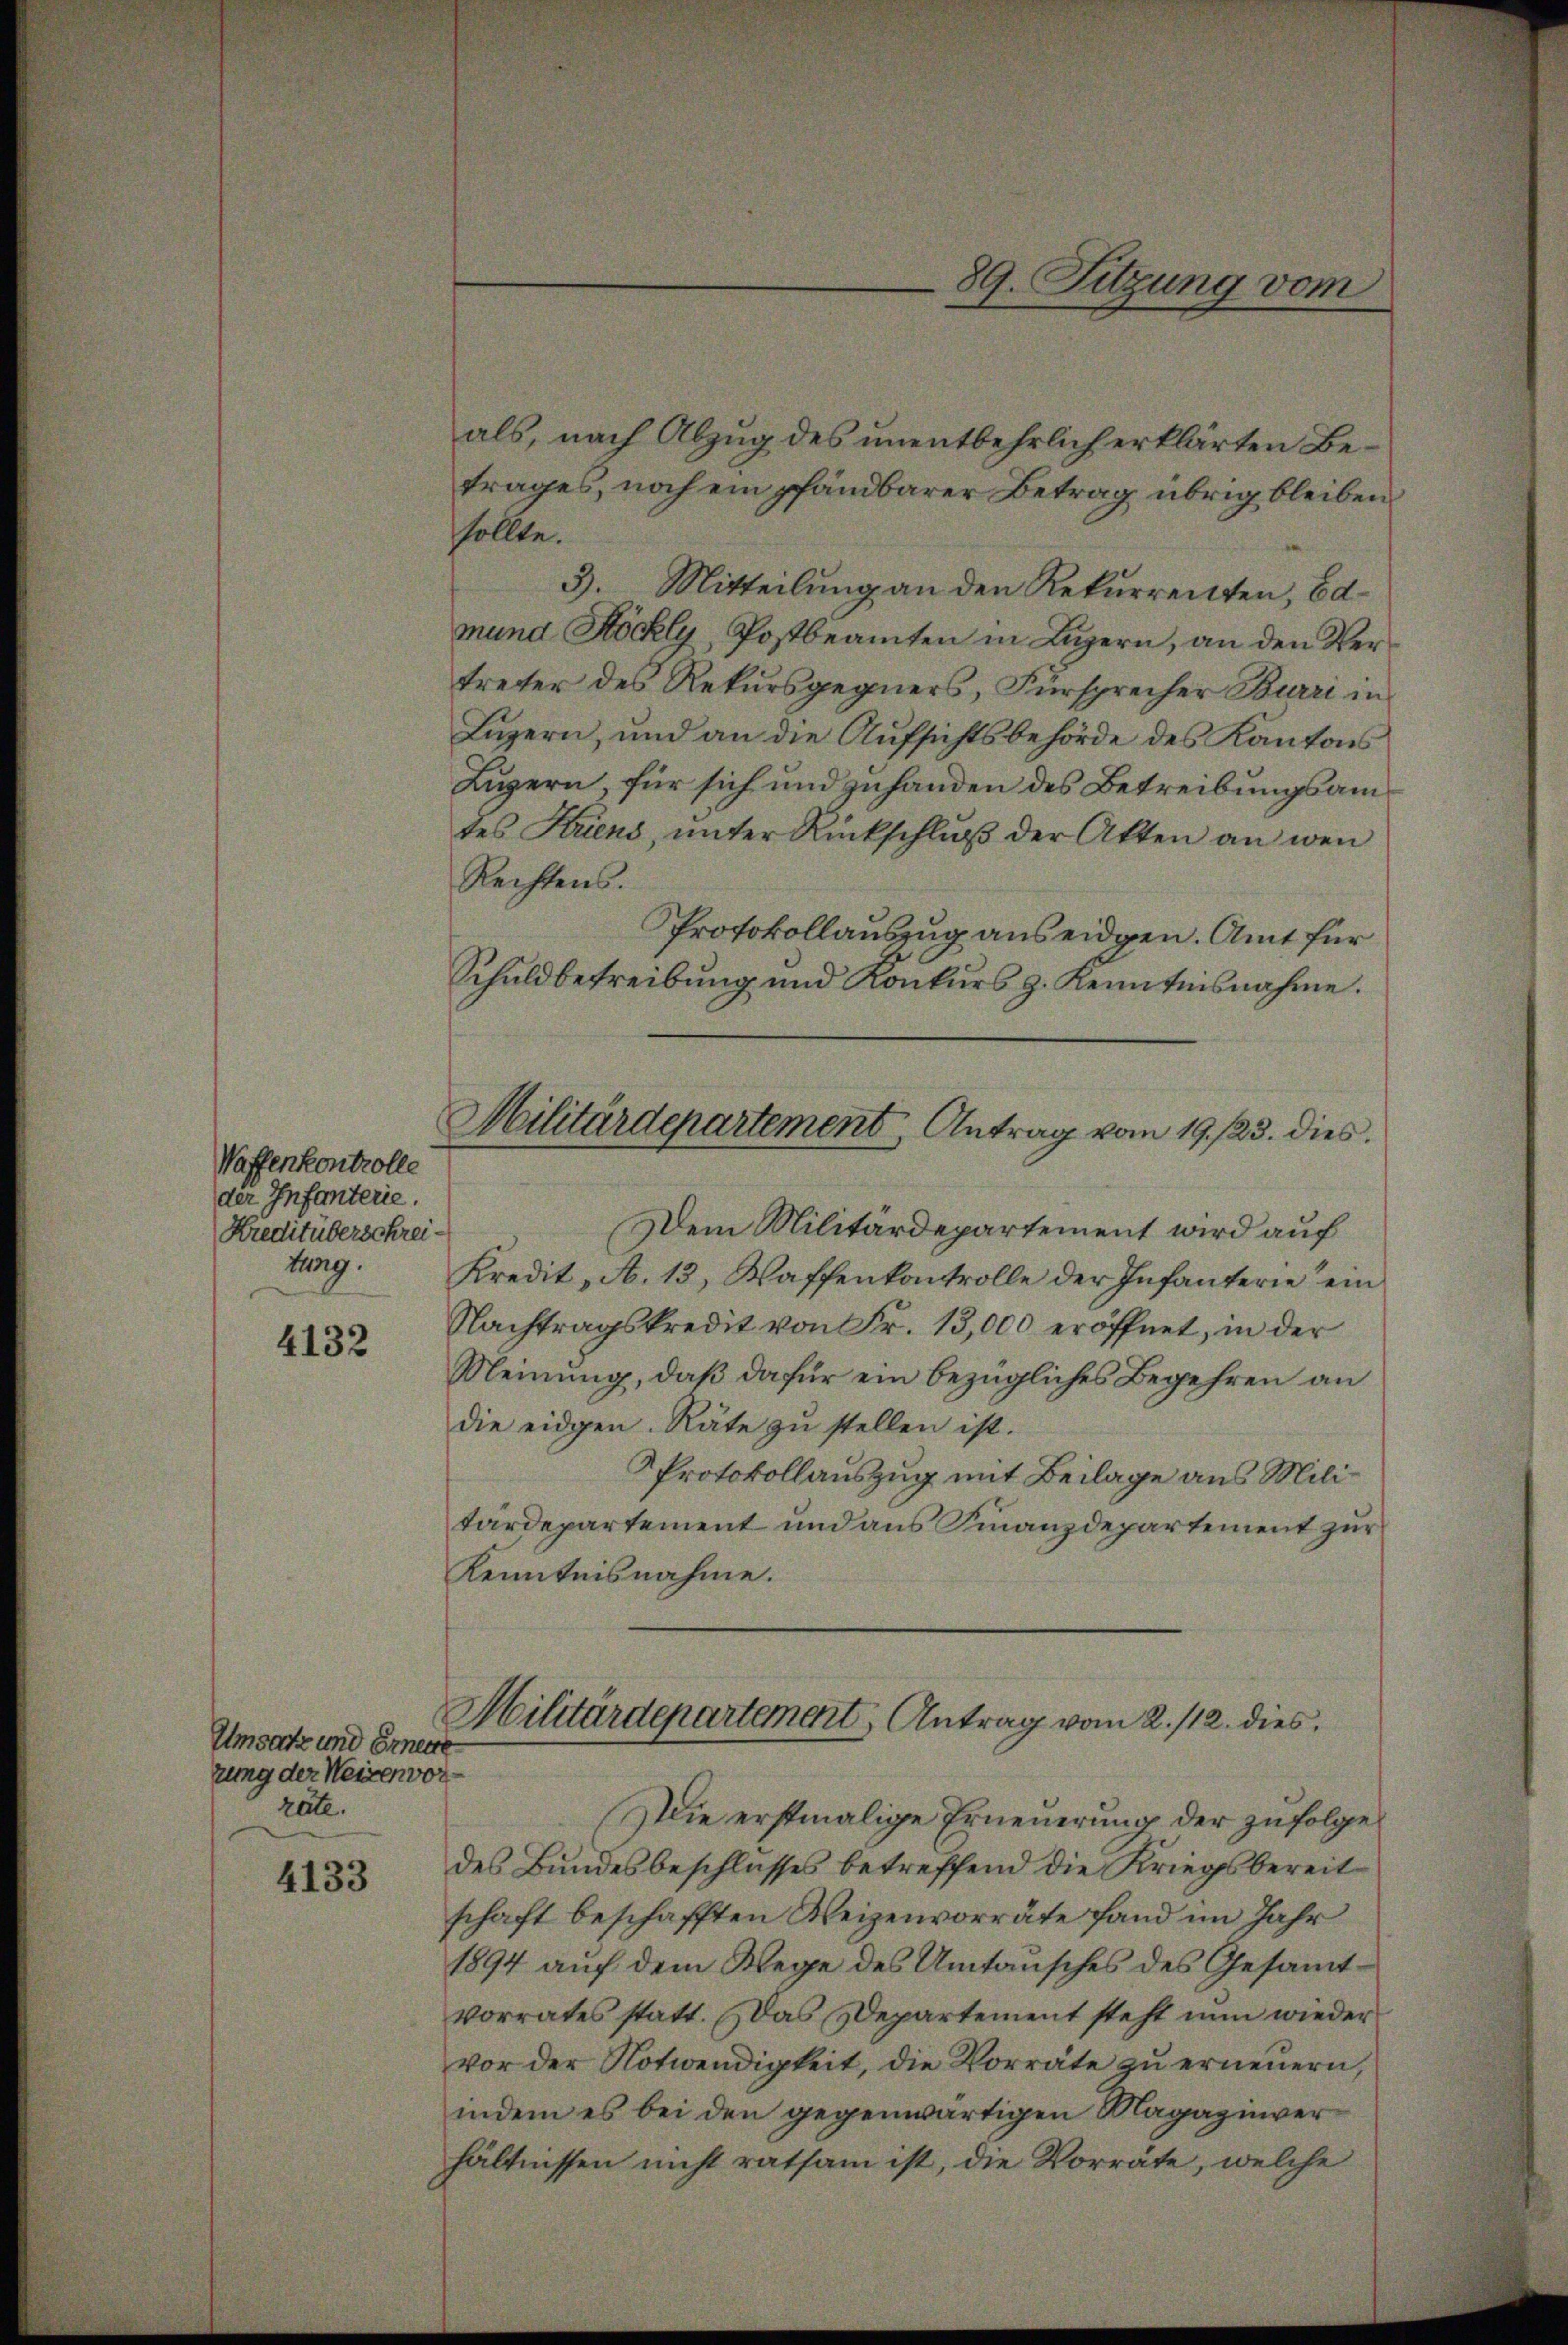
Waffenkontrolle
der Infanterie.
Kreditüberschreitung.

4132

Umsatz und Erneue
zung der Weisenvor-
räte.

4133

als, nach Abzug des unentbehrlich erklärten Betrages, noch ein pfandbarer Betrag übrig bleiben
sollte.
3. Mitteilung an den Rekurrenten, Ed
mund Köchly, Postbeamten in Luzern, an den Vertreter des Rekursgegners, Fürsprecher Burri in
Luzern, und an die Aufsichtsbehörde des Kantons
Luzern, für sich und zuhanden des Betreibungsam
des Kriens, ŭnter Rückschlŭβ der Akten an wen
Rechtens.
Protokollauszug aus eidgen. Amt für
Schuldbetreibŭng und Konkŭrs g. Kenntnisnahme.
Dem Militärdepartement wird auf
Kredit, A. 13, Waffenkontrolle der Infanterie ein
Nachtragskredit von Fr. 13,000 eröffnet, in der
Meinung, daß dafür ein bezügliches Begehren an
die eidgen. Räte zŭ stellen ist.
PProtokollauszug mit Beilage aus Militärdepartement und aus Finanzdepartement zur
Kenntnisnahme.
Militärdepartement Antrag vom 2./12. dies
Die erstmalige Erneuerung der zufolge
des Bundesbeschlusses betreffend die Kriegsbereit
schaft beschafften Weizenvorräte fand im Jahr
1894 auf dem Wege des Umtausches des Gesammtvorrates statt. Das Departement steht nun wieder
vor der Notwendigkeit, die Vorräte zu erneuern,
indem es bei den gegenwärtigen Magazinver
hältnissen nicht ratsam ist, die Vorräte, welche

Militärdepartement Antrag vom 19. 123. dies

89. Sitzung vom